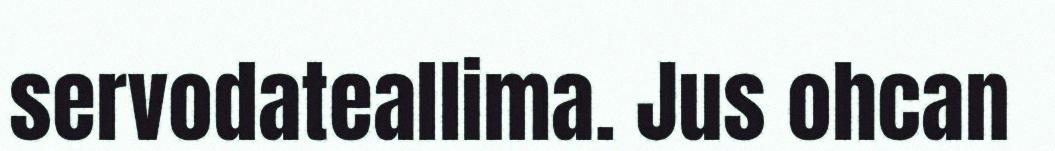
servodateallima. Jus ohcan